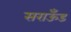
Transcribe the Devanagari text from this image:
सराऊँड